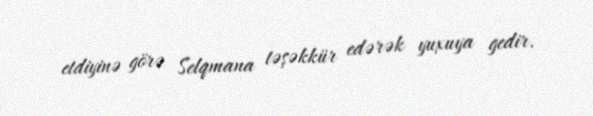
etdiyinə görə Selqmana təşəkkür edərək yuxuya gedir.